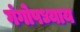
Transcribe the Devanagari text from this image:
गंगोपध्याय